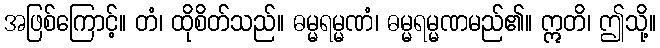
အဖြစ်ကြောင့်။ တံ၊ ထိုစိတ်သည်။ ဓမ္မရမ္မဏံ၊ ဓမ္မရမ္မဏမည်၏။ ဣတိ၊ ဤသို့။